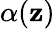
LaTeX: \alpha(\mathbf{z})